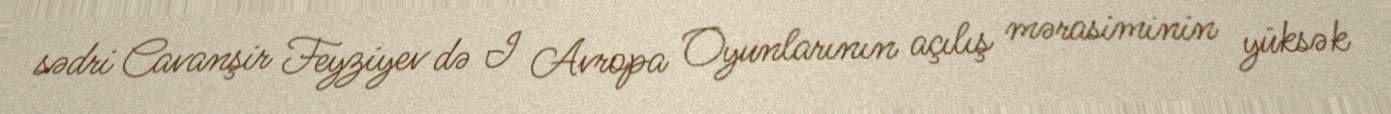
sədri Cavanşir Feyziyev də I Avropa Oyunlarının açılış mərasiminin yüksək